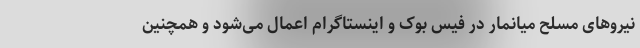
نیروهای مسلح میانمار در فیس بوک و اینستاگرام اعمال می‌شود و همچنین